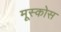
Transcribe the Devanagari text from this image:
मूस्कोस